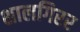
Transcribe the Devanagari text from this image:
शालगिरर